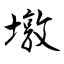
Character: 墩